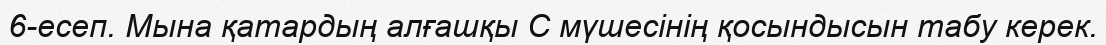
6-есеп. Мына қатардың алғашқы С мүшесінің қосындысын табу керек.